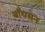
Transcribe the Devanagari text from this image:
बॉयसन